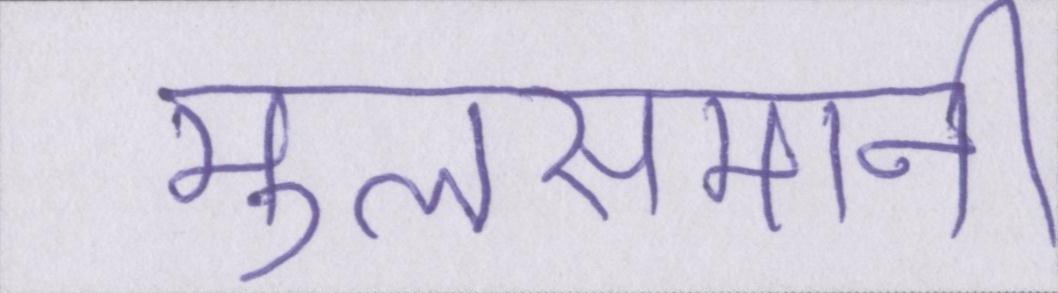
मुलसमानी